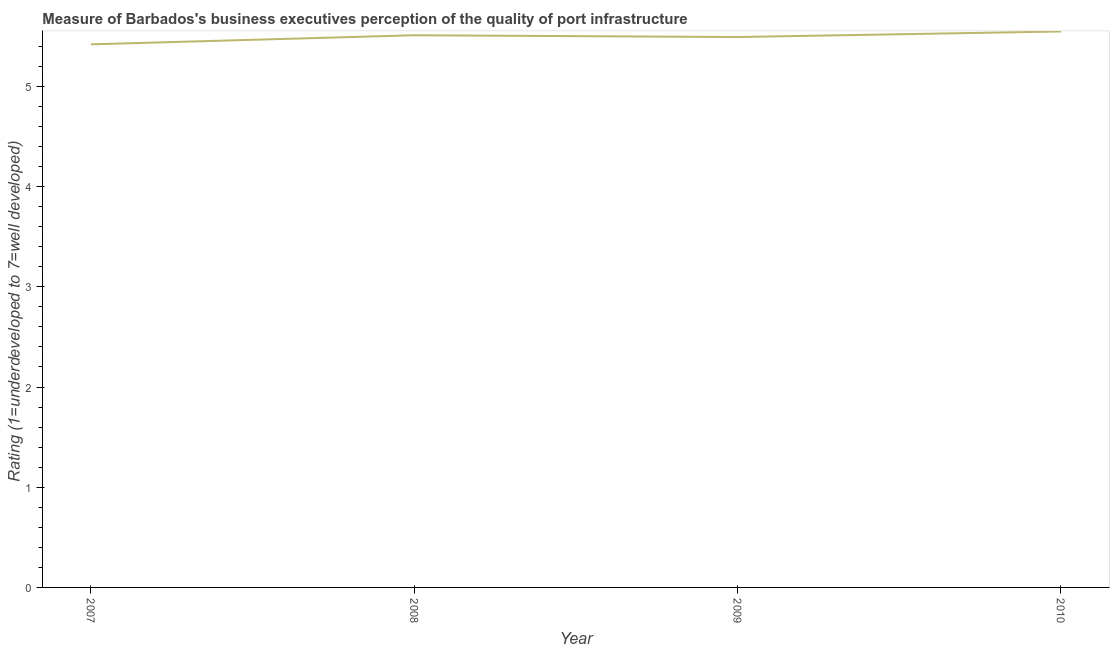
| Year | Quality of port infrastructure |
 | --- | --- |
 | 2007 | 5.42 |
 | 2008 | 5.51 |
 | 2009 | 5.49 |
 | 2010 | 5.55 |